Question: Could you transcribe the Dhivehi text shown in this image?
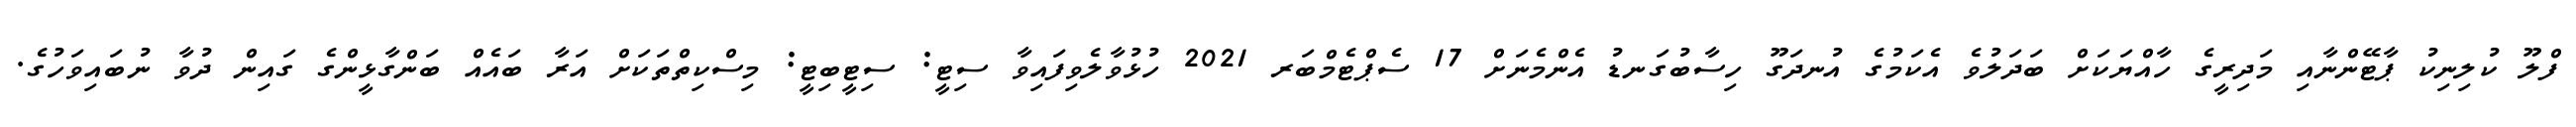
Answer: ފްލޫ ކުލިނިކު ޕާޓޭންނާއި މަދިރީގެ ހާއްޔަކަށް ބަދަލުވެ އެކަމުގެ އުނދަގޫ ހިސާބުގަނޑު އެންމެނަށް 17 ސެޕްޓެމްބަރ 2021 ހުޅުވާލެވިފައިވާ ސިޓީ: ސިޓީބިޓީ: މިސްކިތްތަކަށް އަރާ ބައެއް ބަންގާޅީންގެ ގައިން ދުވާ ނުބައިވަހުގެ.